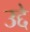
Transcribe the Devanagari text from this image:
उद्दे